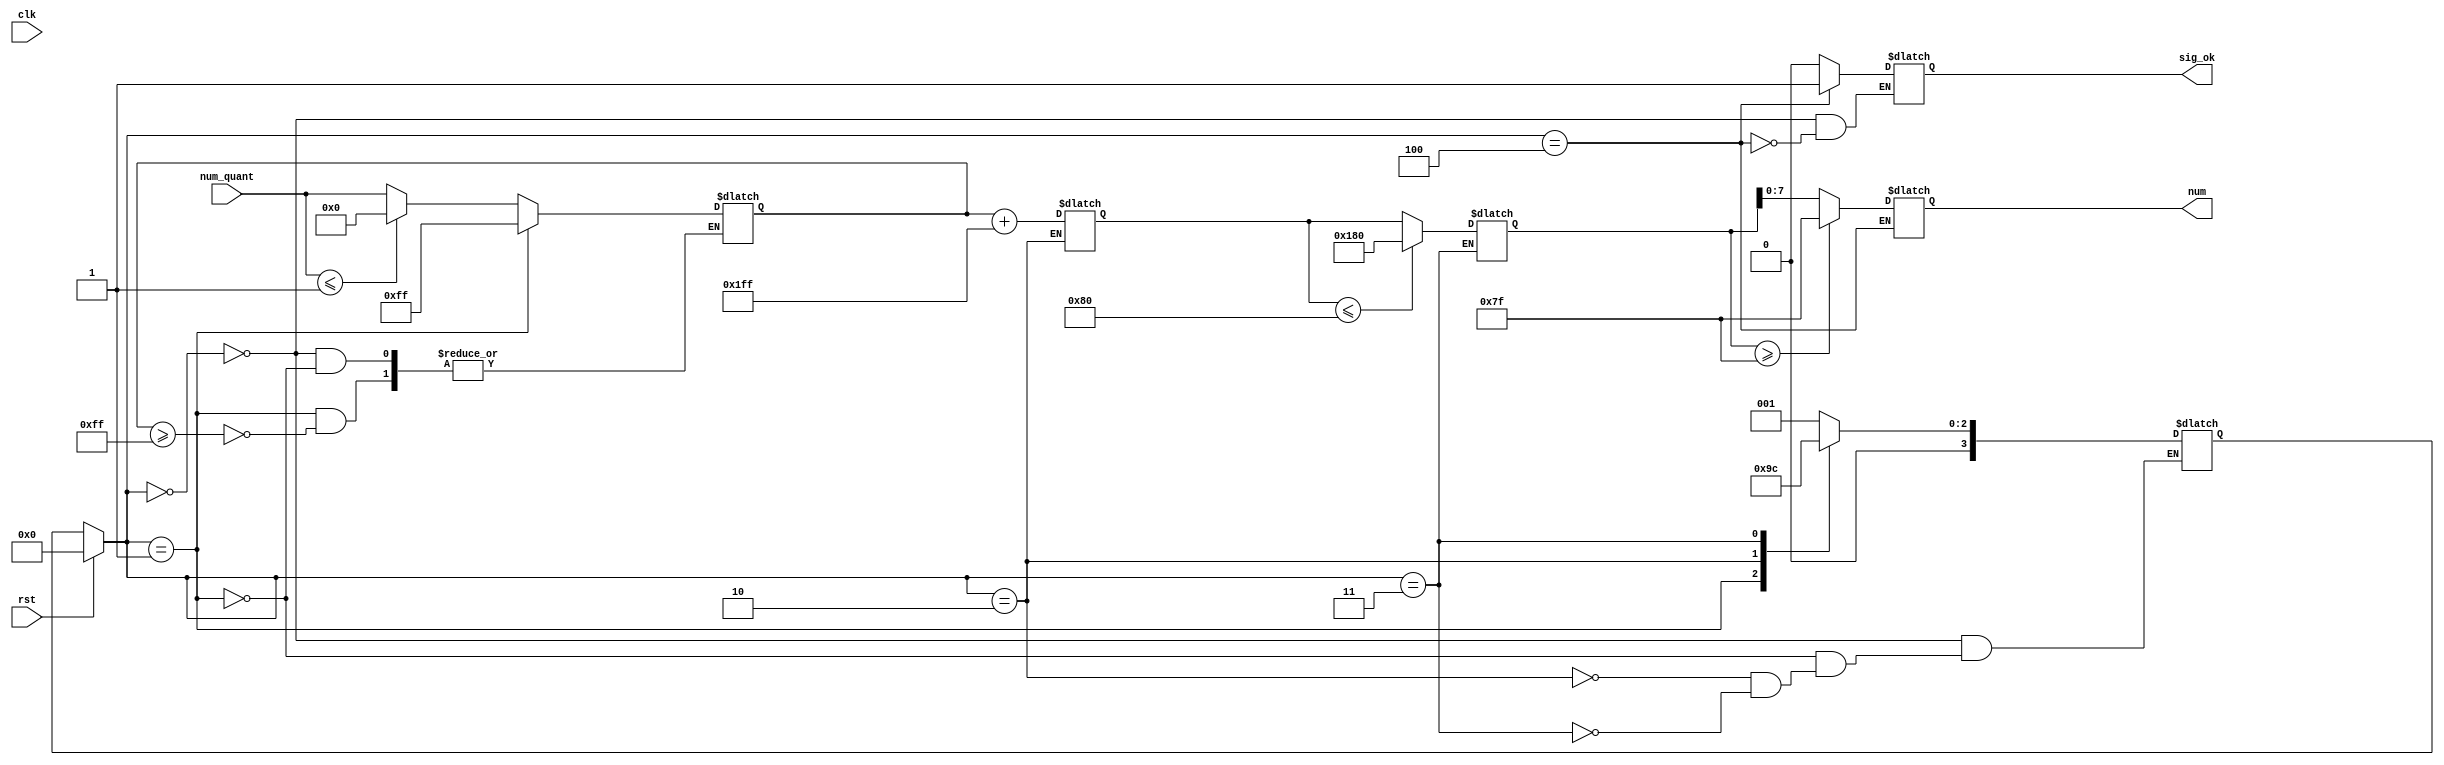
`timescale 1ns / 1ps
//////////////////////////////////////////////////////////////////////////////////
// Company: 
// Engineer: 
// 
// Design Name: 
// Module Name: ReLu
// Project Name: 
// Target Devices: 
// Tool Versions: 
// Description: 
// 
// Dependencies: 
// 
// Revision:
// Revision 0.01 - File Created
// Additional Comments:
// 
//////////////////////////////////////////////////////////////////////////////////


module ReLu
#(
//Convolution
parameter addressWidthConv=10, dataWidthConv=16,

parameter n_c = 5'd28,  //number of column matrix image 
parameter n_r = 5'd28,  //number of rows matrix image 
parameter col_fil = 5'd3, //number of columns of filter
parameter row_fil = 5'd3, //number of rows of filter
                       
parameter s0 = 4'b0000, s1 = 4'b0001, s2 = 4'b0010, s3 = 4'b0011, s4 = 4'b0100,
parameter s5 = 4'b0101, s6 = 4'b0110, s7 = 4'b0111, s8 = 4'b1000, s9 = 4'b1001,
parameter s10 = 4'b1010, s11 = 4'b1011, s12 = 4'b1100, s13 = 4'b1101, s14 = 4'b1110,
           

parameter pwd = "/home/javier/Documents/fpga_implementations_of_neural_networks/CNN/02_hardware/01_test_vivado/04_convolution/04_convolution.srcs/sources_1/new/rstl_conv2.txt",


//counter for memory of result of convolution
parameter counterWidth= 10,


//memory filter
parameter numWeightFilter = 10, addressWidthFilter=4, dataWidthFilter=16,
parameter weightFileFilter="/home/javier/Documents/fpga_implementations_of_neural_networks/CNN/02_hardware/01_test_vivado/project_7/project_7.srcs/sources_1/new/filter1.txt",
   
//memory image
parameter numWeightImg = 784, 
parameter addressWidthImg=10, dataWidthImg= 16,
parameter weightFileImg="/home/javier/Documents/fpga_implementations_of_neural_networks/CNN/02_hardware/01_test_vivado/project_7/project_7.srcs/sources_1/new/image.mem",
      
//quantization
parameter q = 64'd2014687024, //q = 31'b1111000000101011010111100110000
parameter mask = 8'd255,
parameter zero = 1'd0,
parameter one = 1'd1,
parameter offset_ent = 6,
parameter offset_sor = -1,
	
	
//memory_rstl_conv
parameter numWeightRstlConv = 676,
parameter addressWidthRstlConv=10, 
parameter dataWidthRstlConv=8

)
(
    input clk, rst, 
    input [8:0] num_quant, 
    output [7:0] num, 
    output sig_ok
);

    reg [8:0] aux_num;
    reg [8:0] aux_num2;
    reg [8:0] aux_num3;
    reg [8:0] aux_num4;
    reg       aux_ok;
    reg [3:0] present_state, next_state;   

    always @(clk) //Present estate //always @(clk,rst) //Present estate 
    begin
        if(rst)
        begin
            present_state <= s0;
    
        end
        else
        begin
            present_state <= next_state;
        end    
    end    

    always @(*) //always @ (*) 
    begin
        case(present_state)
            s0:
                next_state <= s1;                
            s1:
                next_state <= s2;
            s2:
                next_state <= s3;
            s3:
                next_state <= s4;                                
                                
        endcase                
    end


    always @ (*) begin         //always @ (*) begin
      case (present_state)
        s0: begin
                if($signed(num_quant) <= $signed(-8'd1))
                    aux_num <= 0;
                else    
                    aux_num <= num_quant;
                aux_ok <= 0;    
            end          
        s1: begin
                if(aux_num >= 8'd255)
                   aux_num <= 8'd255; //+ offset_sor;
            end
        s2: begin
                aux_num2 <= $signed(aux_num + offset_sor);
            end 
        s3: begin
                if($signed(aux_num2) <= $signed(-8'd128))
                    aux_num3 <= -8'd128;
                else
                    aux_num3 <=  aux_num2;    
            end           
        s4: begin
                if($signed(aux_num3) >= $signed(8'd127))
                    aux_num4 <= 8'd127;
                else
                    aux_num4 <= aux_num3;     
                aux_ok <= 1;    
            end             
      endcase 
    end 

    assign num = aux_num4;
    assign sig_ok = aux_ok;  


endmodule